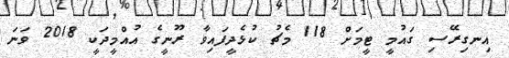
އިނގިރޭސި ގައުމީ ޓީމަށް 118 މެޗު ކުޅެދީފައިވާ ރޫނީގެ އުއްމީދަކީ 2018 ވަނަ